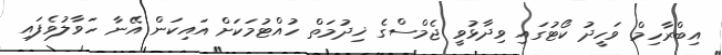
އިބްރާހިމް ވަހީދު ކޯޓުގައި ވިދާޅުވީ ޖެމްސްގެ ޚިދުމަތް ހުއްޓުމަކަށް އައިކަން އޭނާ ހަވާލުވެފައި